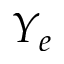
Y _ { e }